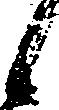
候